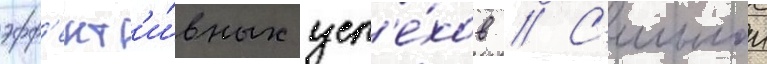
эфф'ект'и́вных усп'е́хов // С'ильнои